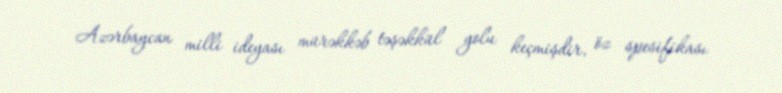
Azərbaycan milli ideyası mürəkkəb təşəkkül yolu keçmişdir, öz spesifikası